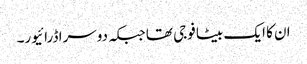
ان کا ایک بیٹا فوجی تھا جبکہ دوسرا ڈرائیور۔